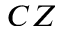
C Z